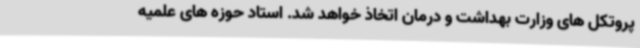
پروتکل های وزارت بهداشت و درمان اتخاذ خواهد شد. استاد حوزه های علمیه